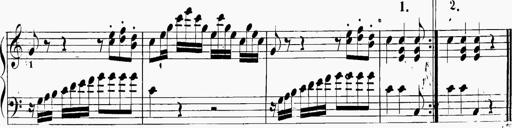
Title: 6 Sonatinas
Composer: Carl Reinecke